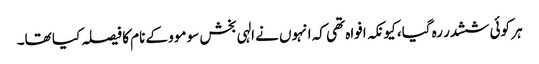
ہر کوئی ششدر رہ گیا، کیونکہ افواہ تھی کہ انہوں نے الہی بخش سو موو کے نام کا فیصلہ کیا تھا۔